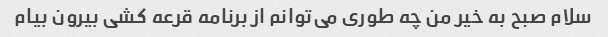
سلام صبح به خیر من چه طوری می‌توانم از برنامه قرعه کشی بیرون بیام